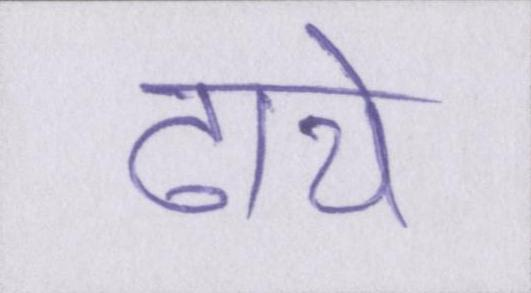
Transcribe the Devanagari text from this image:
ढाये